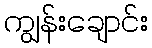
ကျွန်းချောင်း